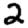
Digit: 2